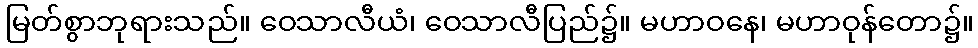
မြတ်စွာဘုရားသည်။ ဝေသာလီယံ၊ ဝေသာလီပြည်၌။ မဟာဝနေ၊ မဟာဝုန်တော၌။